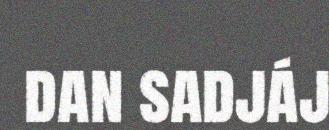
dan sadjáj